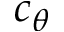
c _ { \theta }